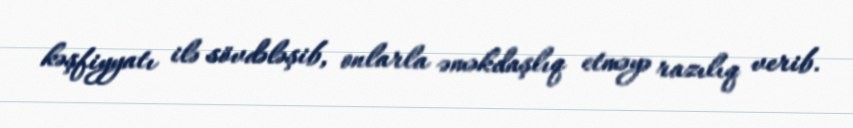
kəşfiyyatı ilə sövdələşib, onlarla əməkdaşlıq etməyə razılıq verib.